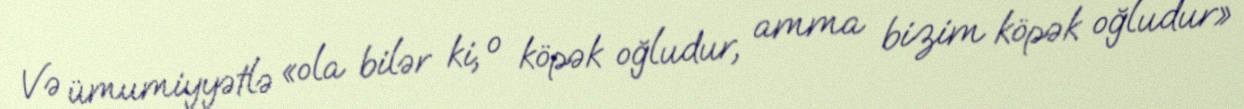
Və ümumiyyətlə «ola bilər ki, o köpək oğludur, amma bizim köpək oğludur»